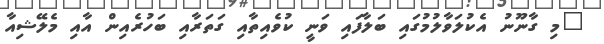
"މި ގާނޫނު އެކުލަވާލުމުގައި ބަލާފައި ވަނީ ކުވެއިތާއި ގަތަރާއި ބަހުރެއިން އާއި މެލޭޝިއާ